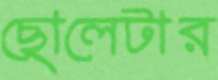
ছোলেটার